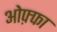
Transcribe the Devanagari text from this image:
ओफ़्फा